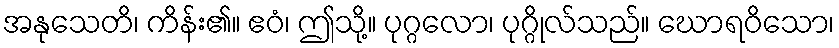
အနုသေတိ၊ ကိန်း၏။ ဧဝံ၊ ဤသို့။ ပုဂ္ဂလော၊ ပုဂ္ဂိုလ်သည်။ ဃောရဝိသော၊